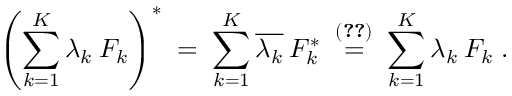
\left( \sum _ { k = 1 } ^ { K } \lambda _ { k } \: F _ { k } \right) ^ { * } \; = \; \sum _ { k = 1 } ^ { K } \overline { { { \lambda _ { k } } } } \: F _ { k } ^ { * } \; \stackrel { ( \ref { e q : 4 7 } ) } { = } \; \sum _ { k = 1 } ^ { K } \lambda _ { k } \: F _ { k } \; .